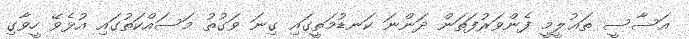
އަސާސީ ތަޢުލީމީ ފެންވަރުފަތަން ދަންނަ ކަނޑުމަތީގައި ގިނަ ވަގުތު މަސައްކަތުގައި އުޅެވޭ ހީވާގި